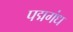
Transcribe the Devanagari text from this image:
पद्मगंध